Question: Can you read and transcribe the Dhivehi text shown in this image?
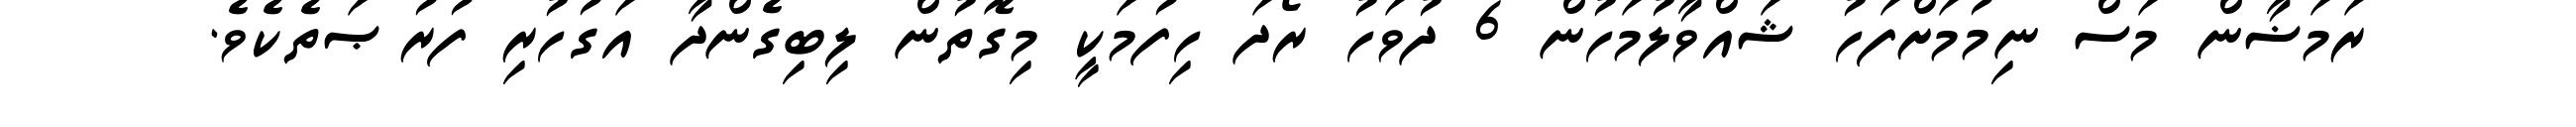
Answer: ރަމަޟާން މަސް ނިމުމަށްފަހު ޝައްވާލުމަހުން 6 ދުވަހު ރޯދަ ހިފުމަކީ މިގޮތުން ލިބިގެންދާ އަގުހުރި ފުރުޞަތެކެވެ.